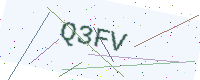
Text: Q3FV